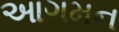
આગમન